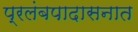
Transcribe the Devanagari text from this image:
प्रलंबपादासनात